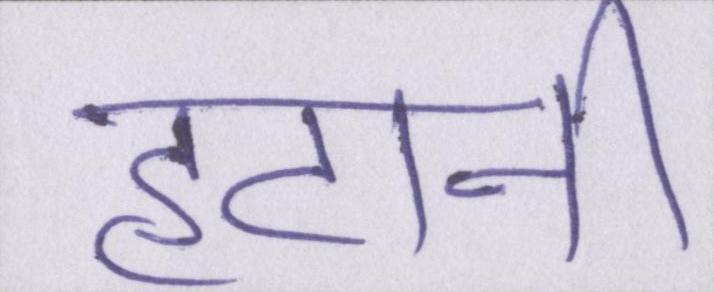
हटानी